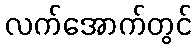
လက်အောက်တွင်